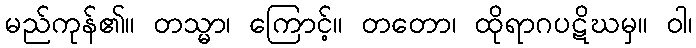
မည်ကုန်၏။ တသ္မာ၊ ကြောင့်။ တတော၊ ထိုရာဂပဋိဃမှ။ ဝါ၊